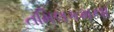
તમિલકમના